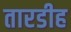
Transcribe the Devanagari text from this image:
तारडीह